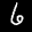
Label: 6